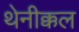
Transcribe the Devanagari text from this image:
थेनीक्कल